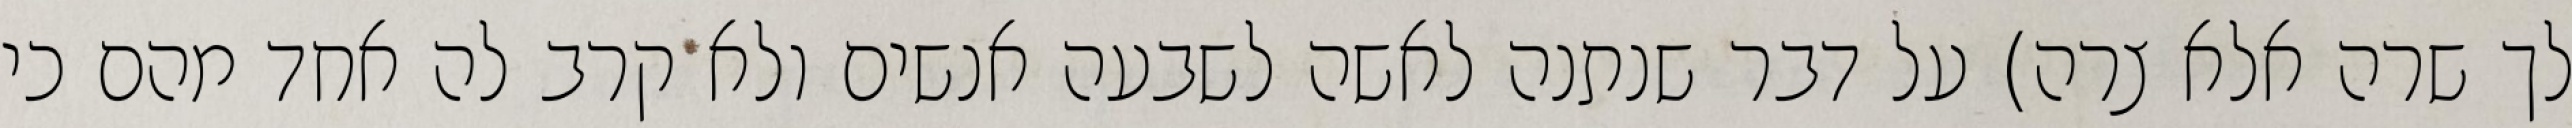
לך שרה אלא צרה) על דבר שנתנה לאשה לשבעה אנשים ולא קרב לה אחד מהם כי